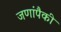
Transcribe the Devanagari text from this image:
जणांपैकी